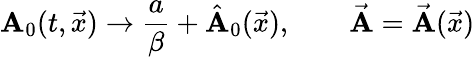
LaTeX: \mathbf{A}_{0}(t,\vec{{x}})\rightarrow{\frac{{a}}{{\beta}}}+\hat{{\mathbf{A}}}_{0}(\vec{{x}}),\qquad\vec{{\mathbf{A}}}=\vec{{\mathbf{A}}}(\vec{{x}})